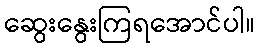
ဆွေးနွေးကြရအောင်ပါ။